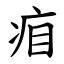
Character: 㾇